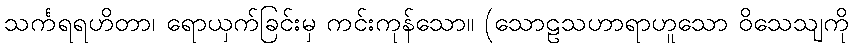
သင်္ကရရဟိတာ၊ ရောယှက်ခြင်းမှ ကင်းကုန်သော။ (သောဠသဟာရာဟူသော ဝိသေသျကို